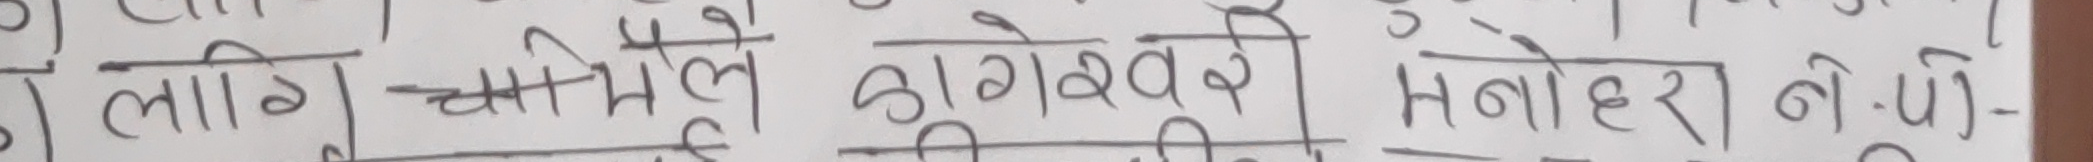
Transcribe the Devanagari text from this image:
लागि चामले ठागेश्वरले मनोहरले नैपनि-